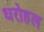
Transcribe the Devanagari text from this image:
धरोहल